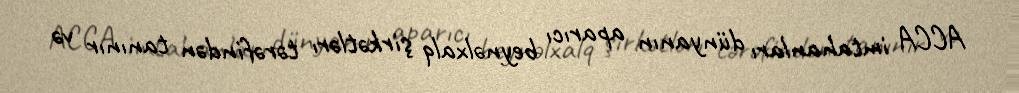
ACCA imtahanları dünyanın aparıcı beynəlxalq şirkətlərı tərəfindən tanınır və